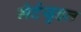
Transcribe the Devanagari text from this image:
मेर्टयुइल